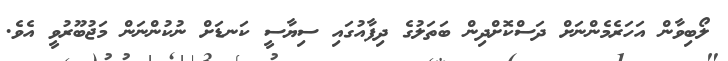
ލޯބިވާން އަހަރެމެންނަށް ދަސްކޮށްދިން ބަތަލުގެ ދިފާއުގައި ސިޔާސީ ކަނޑަށް ނުކުންނަން މަޖުބޫރުވީ އެވެ.